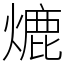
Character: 熝